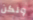
ولكن